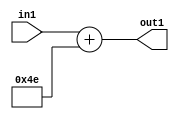
`timescale 1ps / 1ps
/*****************************************************************************
    Verilog RTL Description
    
    
    Created by: Stratus DpOpt 2019.1.01 
*******************************************************************************/

module DC_Filter_Add_12U_192_4 (
	in1,
	out1
	); /* architecture "behavioural" */ 
input [11:0] in1;
output [11:0] out1;
wire [11:0] asc001;

assign asc001 = 
	+(in1)
	+(12'B000001001110);

assign out1 = asc001;
endmodule

/* CADENCE  urn2Two= : u9/ySgnWtBlWxVPRXgAZ4Og= ** DO NOT EDIT THIS LINE ******/